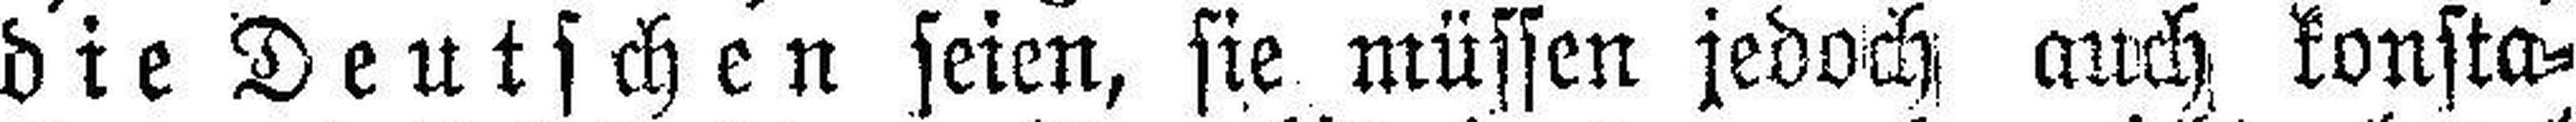
die Deutschen seien, sie müssen jedoch auch konsta¬